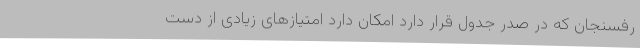
رفسنجان که در صدر جدول قرار دارد امکان دارد امتیازهای زیادی از دست